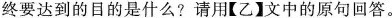
终要达到的目的是什么?请用【乙】文中的原句回答。